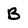
Character: B